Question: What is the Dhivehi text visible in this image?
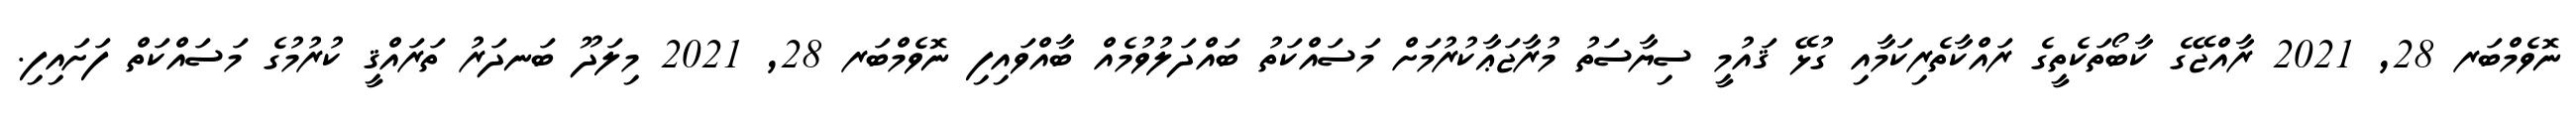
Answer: ނޮވެމްބަރ 28, 2021 ރާއްޖޭގެ ކާބޯތަކެތީގެ ރައްކާތެރިކަމާއި ގުޅޭ ޤައުމީ ސިޔާސަތު މުރާޖަޢާކުރުމަށް މަސައްކަތު ބައްދަލުވުމެއް ބާއްވައިފި ނޮވެމްބަރ 28, 2021 މިލަދޫ ބަނދަރު ތަރައްޤީ ކުރުމުގެ މަސައްކަތް ފަށައިފި.